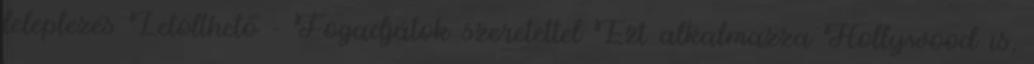
leleplezés Letölthető - Fogadjátok szeretettel Ezt alkalmazza Hollywood is,